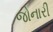
જોનારી